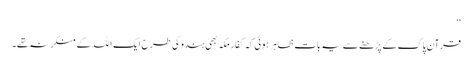
‘‘
قرآن پاک کے پڑھنے سے یہ بات ظاہر ہوئی کہ کفارِ مکہ بھی ہندو کی طرح ایک اللہ کے منکر نہ تھے۔